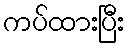
ကပ်ထားပြီး